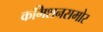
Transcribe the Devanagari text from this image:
कमिशनसमोर